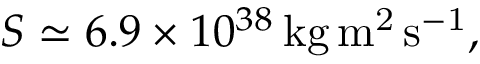
S \simeq 6 . 9 \times 1 0 ^ { 3 8 } \, \mathrm { k g \, m ^ { 2 } \, s ^ { - 1 } } ,